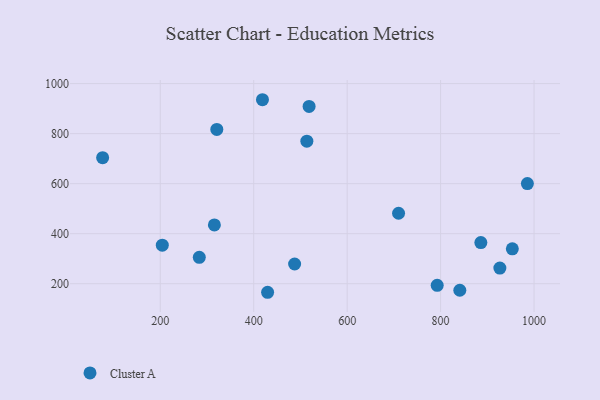
{"axis": {"x": "Study Hours", "y": "Yield"}, "legend": ["Cluster A"], "data": [{"x": "518.5", "y": 908.9, "type": "Cluster A"}, {"x": "926.8", "y": 262.4, "type": "Cluster A"}, {"x": "886.1", "y": 364.5, "type": "Cluster A"}, {"x": "429.7", "y": 165.8, "type": "Cluster A"}, {"x": "953.5", "y": 339.5, "type": "Cluster A"}, {"x": "487.5", "y": 278.8, "type": "Cluster A"}, {"x": "792.7", "y": 193.4, "type": "Cluster A"}, {"x": "418.7", "y": 935.6, "type": "Cluster A"}, {"x": "315.8", "y": 435.2, "type": "Cluster A"}, {"x": "710.0", "y": 481.8, "type": "Cluster A"}, {"x": "204.3", "y": 354.2, "type": "Cluster A"}, {"x": "76.6", "y": 703.8, "type": "Cluster A"}, {"x": "283.5", "y": 305.7, "type": "Cluster A"}, {"x": "321.0", "y": 817.0, "type": "Cluster A"}, {"x": "513.7", "y": 769.8, "type": "Cluster A"}, {"x": "841.1", "y": 173.9, "type": "Cluster A"}, {"x": "985.7", "y": 600.2, "type": "Cluster A"}]}